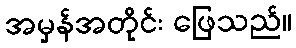
အမှန်အတိုင်း ဖြေသည်။